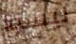
ليسوا